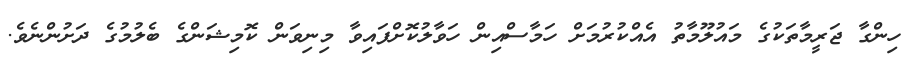
ހިންގާ ޖަރީމާތަކުގެ މައުލޫމާތު އެއްކުރުމަށް ހަމާސްއިން ހަވާލުކޮށްފައިވާ މިނިވަން ކޮމިޝަންގެ ބެލުމުގެ ދަށުންނެވެ.